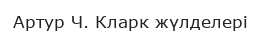
Артур Ч. Кларк жүлделері